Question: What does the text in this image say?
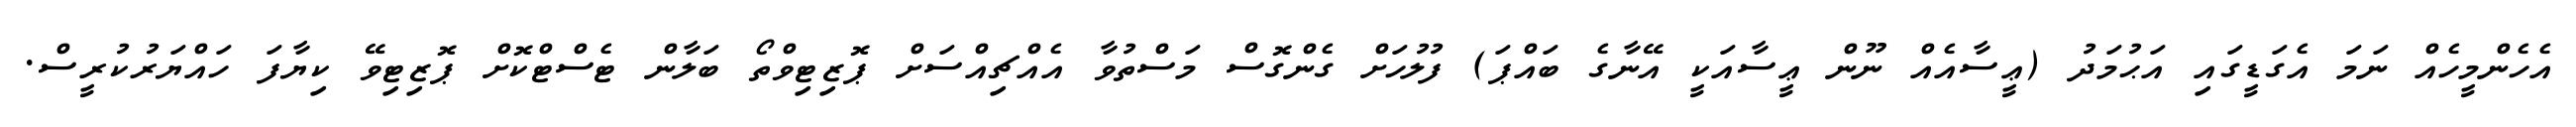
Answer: އެހެންމީހެއް ނަމަ އެގަޑީގައި އަޙުމަދު (ޢީސާއެއް ނޫން ޢީސާއަކީ އޭނާގެ ބައްޕަ) ފުލުހަށް ގެންގޮސް މަސްތުވާ އެއްޗިއްސަށް ޕޮޒިޓިވްތޯ ބަލާން ޓެސްޓްކޮށް ޕޮޒިޓިވޭ ކިޔާފަ ހައްޔަރުކުރީސް.